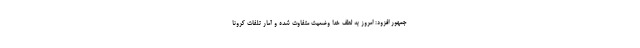
جمهور افزود: امروز به لطف خدا وضعیت متفاوت شده و آمار تلفات کرونا